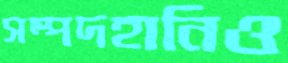
সম্পদহানিও